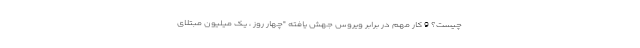
چیست؟ 9 کار مهم در برابر ویروس جهش یافته "چهار روز ، یک میلیون مبتلای